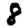
Digit: 8